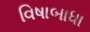
વિષાબાધા